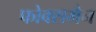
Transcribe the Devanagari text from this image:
फोक्समैन